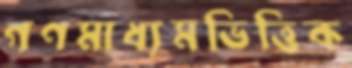
গণমাধ্যমভিত্তিক